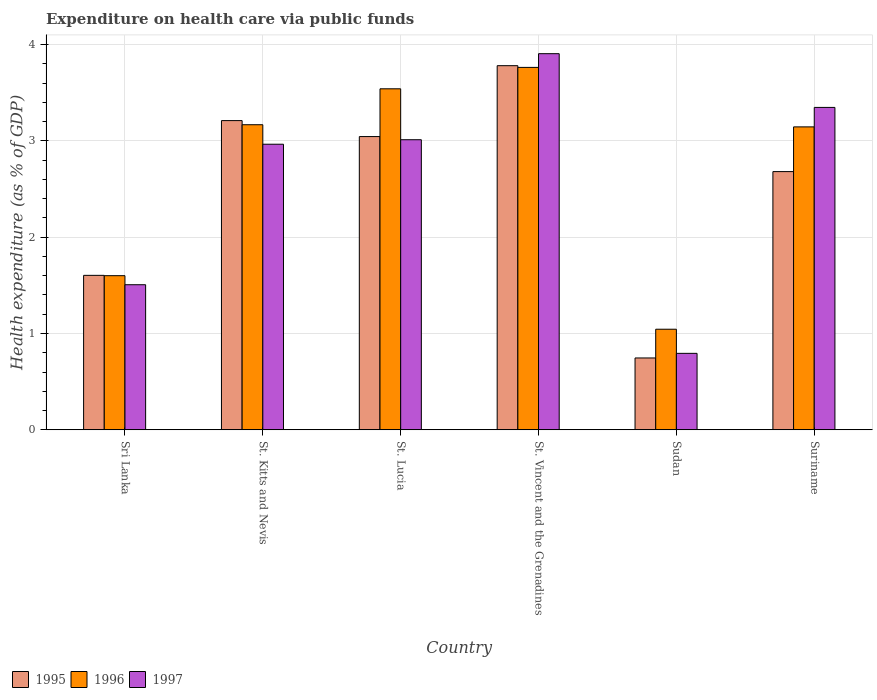
| Country | 1995 | 1996 | 1997 |
 | --- | --- | --- | --- |
 | Sri Lanka | 1.6 | 1.6 | 1.51 |
 | St. Kitts and Nevis | 3.21 | 3.17 | 2.96 |
 | St. Lucia | 3.04 | 3.54 | 3.01 |
 | St. Vincent and the Grenadines | 3.78 | 3.76 | 3.91 |
 | Sudan | 0.746 | 1.04 | 0.794 |
 | Suriname | 2.68 | 3.15 | 3.35 |